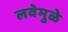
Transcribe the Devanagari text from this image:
लवेमुळे